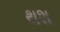
થશ